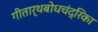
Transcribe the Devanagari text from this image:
गीतार्थबोधचंद्रिका